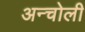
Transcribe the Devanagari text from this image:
अन्चोली